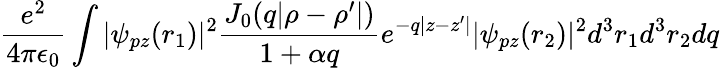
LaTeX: \frac{e^{2}}{4\pi\epsilon_{0}}\int|\psi_{pz}(r_{1})|^{2}\frac{J_{0}(q|\rho-\rho^{\prime}|)}{1+\alpha q}e^{-q|z-z^{\prime}|}|\psi_{pz}(r_{2})|^{2}d^{3}r_{1}d^{3}r_{2}dq